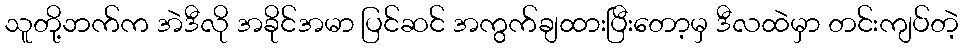
သူတို့ဘက်က အဲဒီလို အခိုင်အမာ ပြင်ဆင် အကွက်ချထားပြီးတော့မှ ဒီလထဲမှာ တင်းကျပ်တဲ့